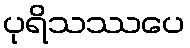
ပုရိသဿပေ